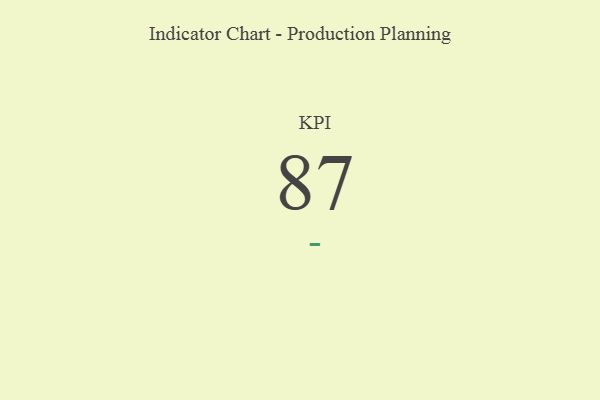
{"axis": {"x": "KPI", "y": "Value"}, "legend": [""], "data": [{"x": "KPI", "y": 87, "type": ""}]}